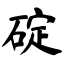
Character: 碇